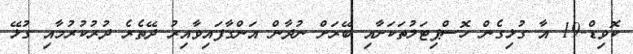
ކޮވިޑް-19 އާ ގުޅިގެން ހޮސްޕިޓަލުތަކަށާއި ބޭރަށް ނުދާން އަންގާފައިވާއިރު ދޭތެރެ ދުރުކުރުމާއި ގުޅޭ